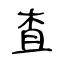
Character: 査